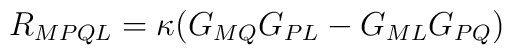
R_{MPQL}=\kappa (G_{MQ}G_{PL}-G_{ML}G_{PQ})